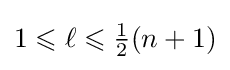
1\leqslant \ell \leqslant {\tfrac {1}{2}}(n+1)